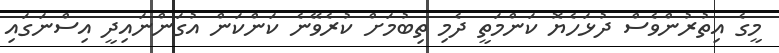
މީގެ އިތުރުންވެސް ދުޅަހެޔޮ ކަންމަތީ ދެމި ތިބުމަށް ކުރެވޭނެ ކަންކަން އުގަންނައިދީ އިސްނަގައި